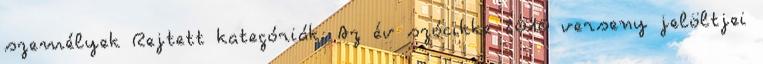
személyek Rejtett kategóriák: Az év szócikke 2010 verseny jelöltjei